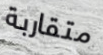
متقاربة